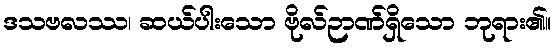
ဒသဗလဿ၊ ဆယ်ပါးသော ဗိုလ်ဉာဏ်ရှိသော ဘုရား၏။